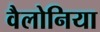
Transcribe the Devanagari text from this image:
वैलोनिया